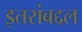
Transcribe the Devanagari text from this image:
इतरांबद्दल